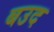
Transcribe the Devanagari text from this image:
बउद